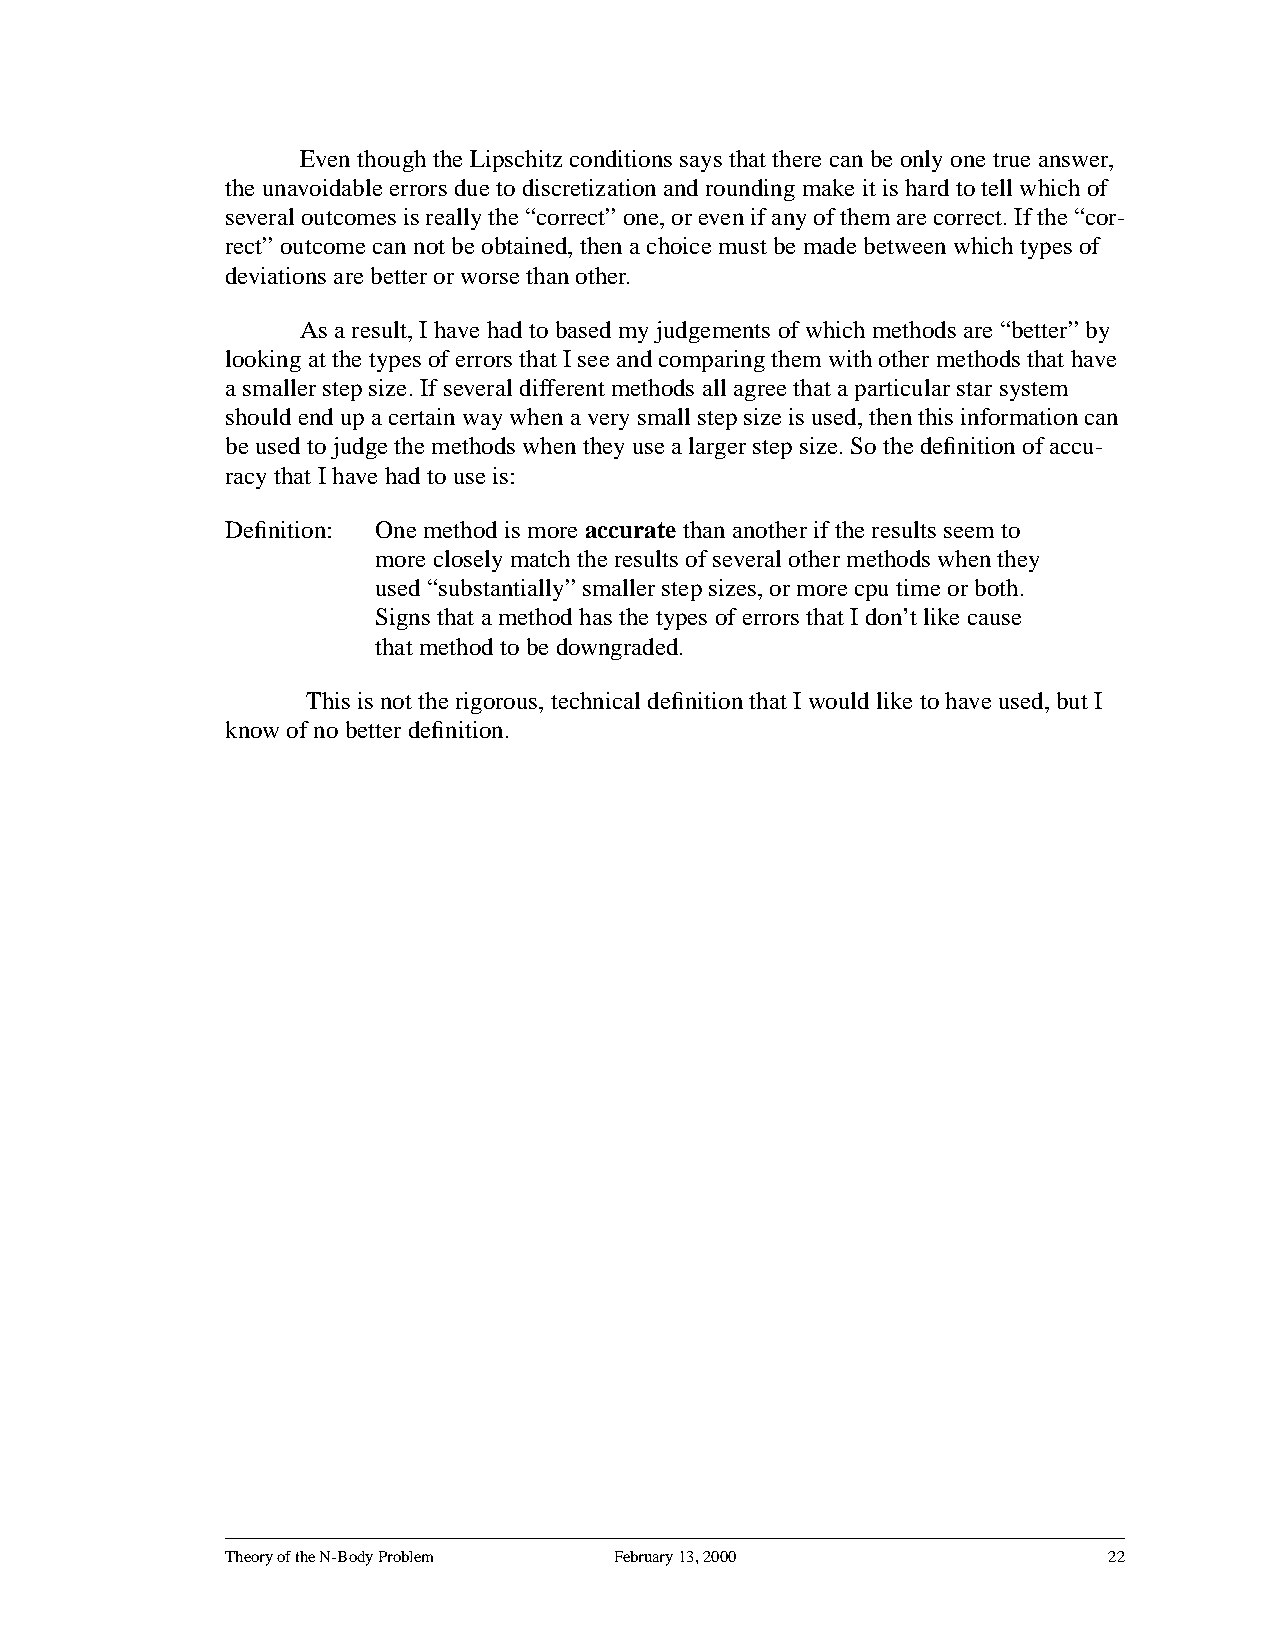
Even though the Lipschitz conditions says that there can be only one true answer,
 the unavoidable errors due to discretization and rounding make it is hard to tell which of
 severaloutcomesisreallythe“correct”one,orevenifanyofthemarecorrect.Ifthe“cor-
 rect” outcome can not be obtained, then a choice must be made between which types of
 deviations are better or worse than other.
 As a result, I have had to based my judgements of which methods are “better” by
 looking at the types of errors that I see and comparing them with other methods that have
 a smaller step size. If several different methods all agree that a particular star system
 shouldendupacertainwaywhenaverysmallstepsizeisused,thenthisinformationcan
 be used to judge the methods when they use a larger step size. So the definition of accu-
 racy that I have had to use is:
 Definition: One method is more accurate than another if the results seem to
 more closely match the results of several other methods when they
 used “substantially” smaller step sizes, or more cpu time or both.
 Signs that a method has the types of errors that I don’t like cause
 that method to be downgraded.
 This is not the rigorous, technical definition that I would like to have used, but I
 know of no better definition.
 Theory of the N-Body Problem February 13, 2000            22